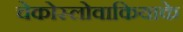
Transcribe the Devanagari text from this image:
चेकोस्लोवाकियाके